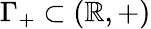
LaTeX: \Gamma_{+}\subset(\mathbb{R},+)